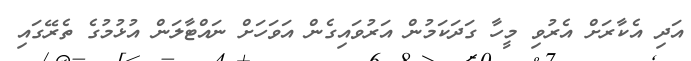
އަދި އެކާރަށް އެރުވި މީހާ ގަދަކަމުން އަރުވައިގެން އަވަހަށް ނައްޓާލަން އުޅުމުގެ ތެރޭގައި